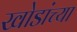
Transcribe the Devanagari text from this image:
खोडांच्या